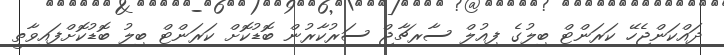
ދައްކަންޖެހޭ ކަރަންޓް ބިލުގެ ފިއުލް ސާރޗާޖް ސަރުކާރުން ބޮޑުކޮށް ކަރަންޓް ބިލު ބޮޑުކޮށްފައިވާތީ